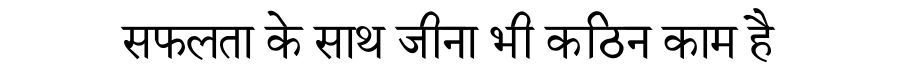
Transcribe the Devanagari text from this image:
सफलता के साथ जीना भी कठिन काम है